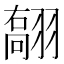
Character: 𦑽